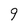
Character: 9